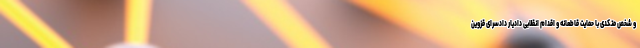
و شخص متکدی با حمایت قاطعانه و اقدام انقلابی دادیار دادسرای قزوین